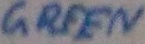
Text: Green